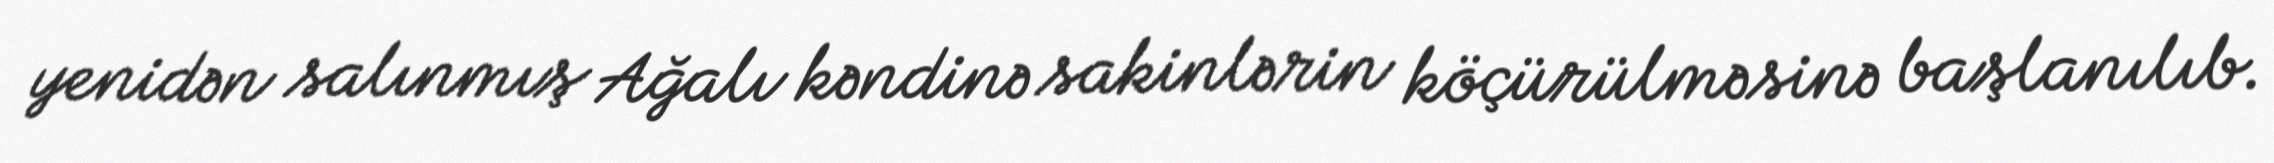
yenidən salınmış Ağalı kəndinə sakinlərin köçürülməsinə başlanılıb.